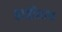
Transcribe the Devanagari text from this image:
हाडीताप